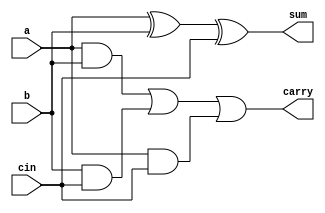
`timescale 1ns/1ps
module fa(a,b,cin,sum,carry);
  
    output  sum;
    output carry;
    input a,b;
    input cin;
    
    xor u1(sum,a,b,cin);
    and u2(n1,a,b);
    and u3(n2,b,cin);
    and u4(n3,a,cin);
    or u5(carry,n1,n2,n3);
    
endmodule